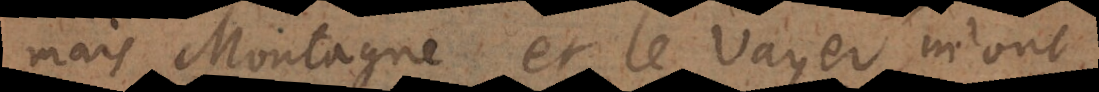
mais Montaigne et le Vayer m’ont